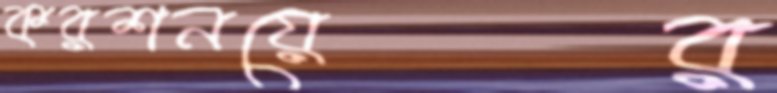
করশনয়ের